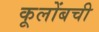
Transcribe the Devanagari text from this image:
कूलोंबची